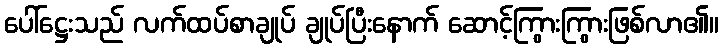
ပေါ်ဋ္ဌေးသည် လက်ထပ်စာချုပ် ချုပ်ပြီးနောက် ဆောင့်ကြွားကြွားဖြစ်လာ၏။